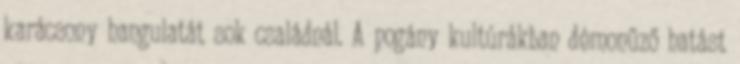
karácsony hangulatát sok családnál. A pogány kultúrákban démonűző hatást